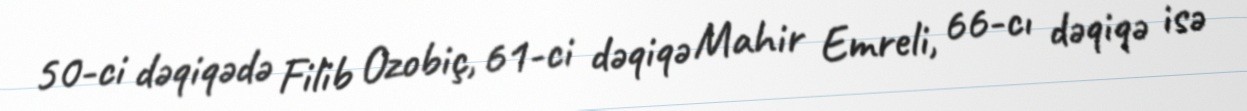
50-ci dəqiqədə Filib Ozobiç, 61-ci dəqiqə Mahir Emreli, 66-cı dəqiqə isə